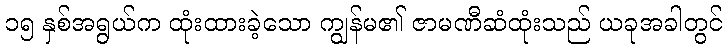
၁၅ နှစ်အရွယ်က ထုံးထားခဲ့သော ကျွန်မ၏ ဇာမဏီဆံထုံးသည် ယခုအခါတွင်